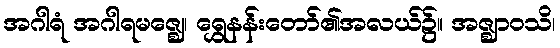
အဂါရံ အဂါရမဇ္ဈေ၊ ရွှေနန်းတော်၏အလယ်၌။ အဇ္ဈာဝသိ၊